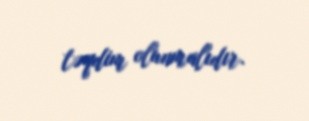
təqdim olunmalıdır.